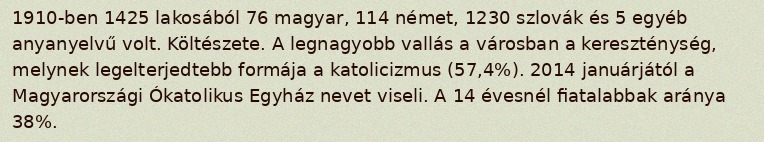
1910-ben 1425 lakosából 76 magyar, 114 német, 1230 szlovák és 5 egyéb anyanyelvű volt. Költészete. A legnagyobb vallás a városban a kereszténység, melynek legelterjedtebb formája a katolicizmus (57,4%). 2014 januárjától a Magyarországi Ókatolikus Egyház nevet viseli. A 14 évesnél fiatalabbak aránya 38%.